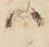
ハ